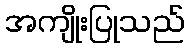
အကျိုးပြုသည်